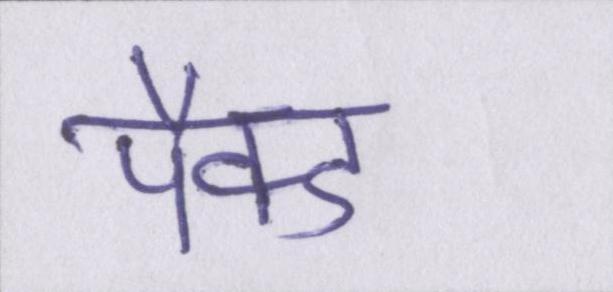
पैक्ड